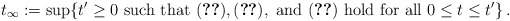
\begin{align*}t_\infty:=\sup\{ t'\ge 0 \mbox{ such that } \eqref{keyb}, \eqref{keyb3}, \mbox{ and } \eqref{keyb2} \mbox{ hold for all } 0\le t\le t'\} \, .\end{align*}